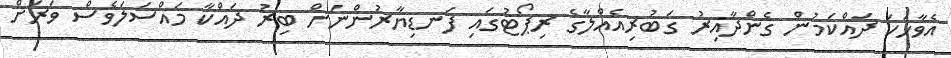
އެވާހަކަ ދައްކަމުން ގެންދާއިރު ގަބުރިއެއްލާގެ ރިޕޯޓުގައި ފަނޑިޔާރުންނަށް ބިރު ދައްކާ މައްސަލަވެސް ވަރަށް